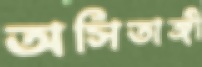
অসিতাঙ্গী